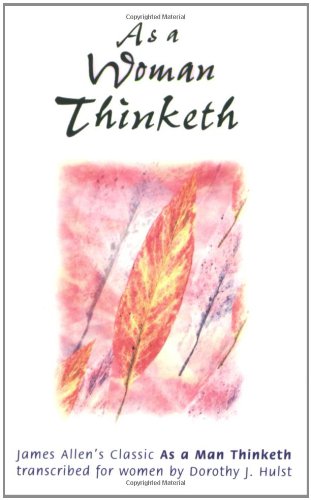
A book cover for As a Woman Thinketh; Dorothy Hulst; Politics & Social Sciences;